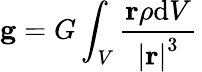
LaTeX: \mathbf{g}=G\int_{V}{\frac{\mathbf{r}\rho\mathrm{d}{V}}{\left|\mathbf{r}\right|^{3}}}\,